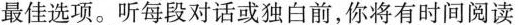
最佳选项。听每段对话或独白前,你将有时间阅读